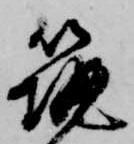
筑